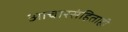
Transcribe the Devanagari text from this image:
आचारसंहिताही